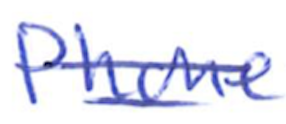
Text: Phone
Cross-out: double-line
Writing tool: ballpoint